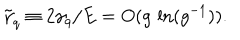
\tilde { \gamma } _ { q } \equiv 2 \gamma _ { q } / E = O ( g \, \ln ( g ^ { - 1 } ) ) .